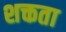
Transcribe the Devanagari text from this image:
शक्तता